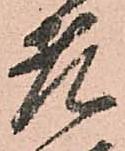
老